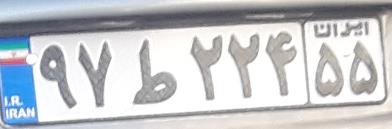
۹۷ط۲۲۴۵۵